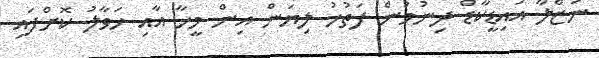
ނަޒްލާ އައިޑީކާޑް ދިނުމުން ފަތުހު ލިޔަން އިން މީހާ އާއި ހަވާލު ކޮށްފައި